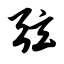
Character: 弦